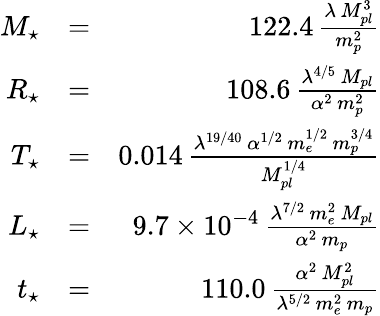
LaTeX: \begin{array}{rlr}{M_{\star}}&{=}&{122.4\, \frac{\lambda\, M_{pl}^{3}}{m_{p}^{2}}}\\ {R_{\star}}&{=}&{108.6\, \frac{\lambda^{4/5}\, M_{pl}}{\alpha^{2}\, m_{p}^{2}}}\\ {T_{\star}}&{=}&{0.014\, \frac{\lambda^{19/40}\, \alpha^{1/2}\, m_{e}^{1/2}\, m_{p}^{3/4}}{M_{pl}^{1/4}}}\\ {L_{\star}}&{=}&{9.7\times 10^{-4}\, \frac{\lambda^{7/2}\, m_{e}^{2}\, M_{pl}}{\alpha^{2}\, m_{p}}}\\ {t_{\star}}&{=}&{110.0\, \frac{\alpha^{2}\, M_{pl}^{2}}{\lambda^{5/2}\, m_{e}^{2}\, m_{p}}}\end{array}